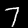
Digit: 7